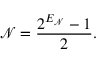
\mathcal { N } = \frac { 2 ^ { E _ { \mathcal { N } } } - 1 } { 2 } .